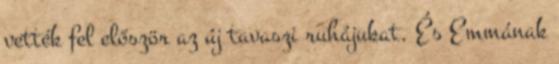
vették fel először az új tavaszi ruhájukat. És Emmának